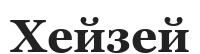
Хейзей